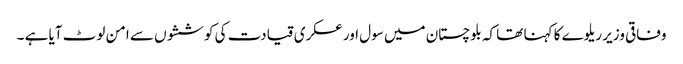
وفاقی وزیر ریلوے کا کہنا تھا کہ بلوچستان میں سول اور عسکری قیادت کی کوششوں سے امن لوٹ آیا ہے ۔